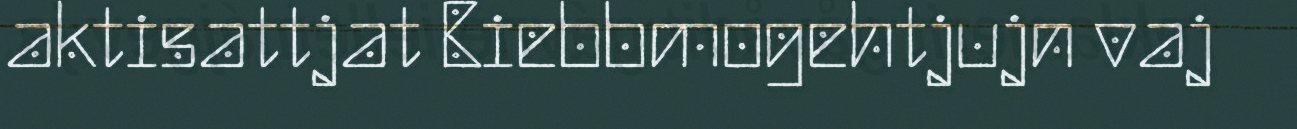
aktisattjat Biebbmogehtjujn vaj